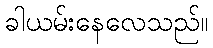
ခါယမ်းနေလေသည်။